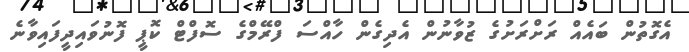
އެގޮތުން ބައެއް ރަށްރަށުގެ ޒުވާނުން އެދިގެން ހާއްސަ ފްރޭމްގެ ސޮފްޓް ކޮޕީ ފޮނުވައިދީފައިވާނެ